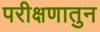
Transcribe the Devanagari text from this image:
परीक्षणातुन